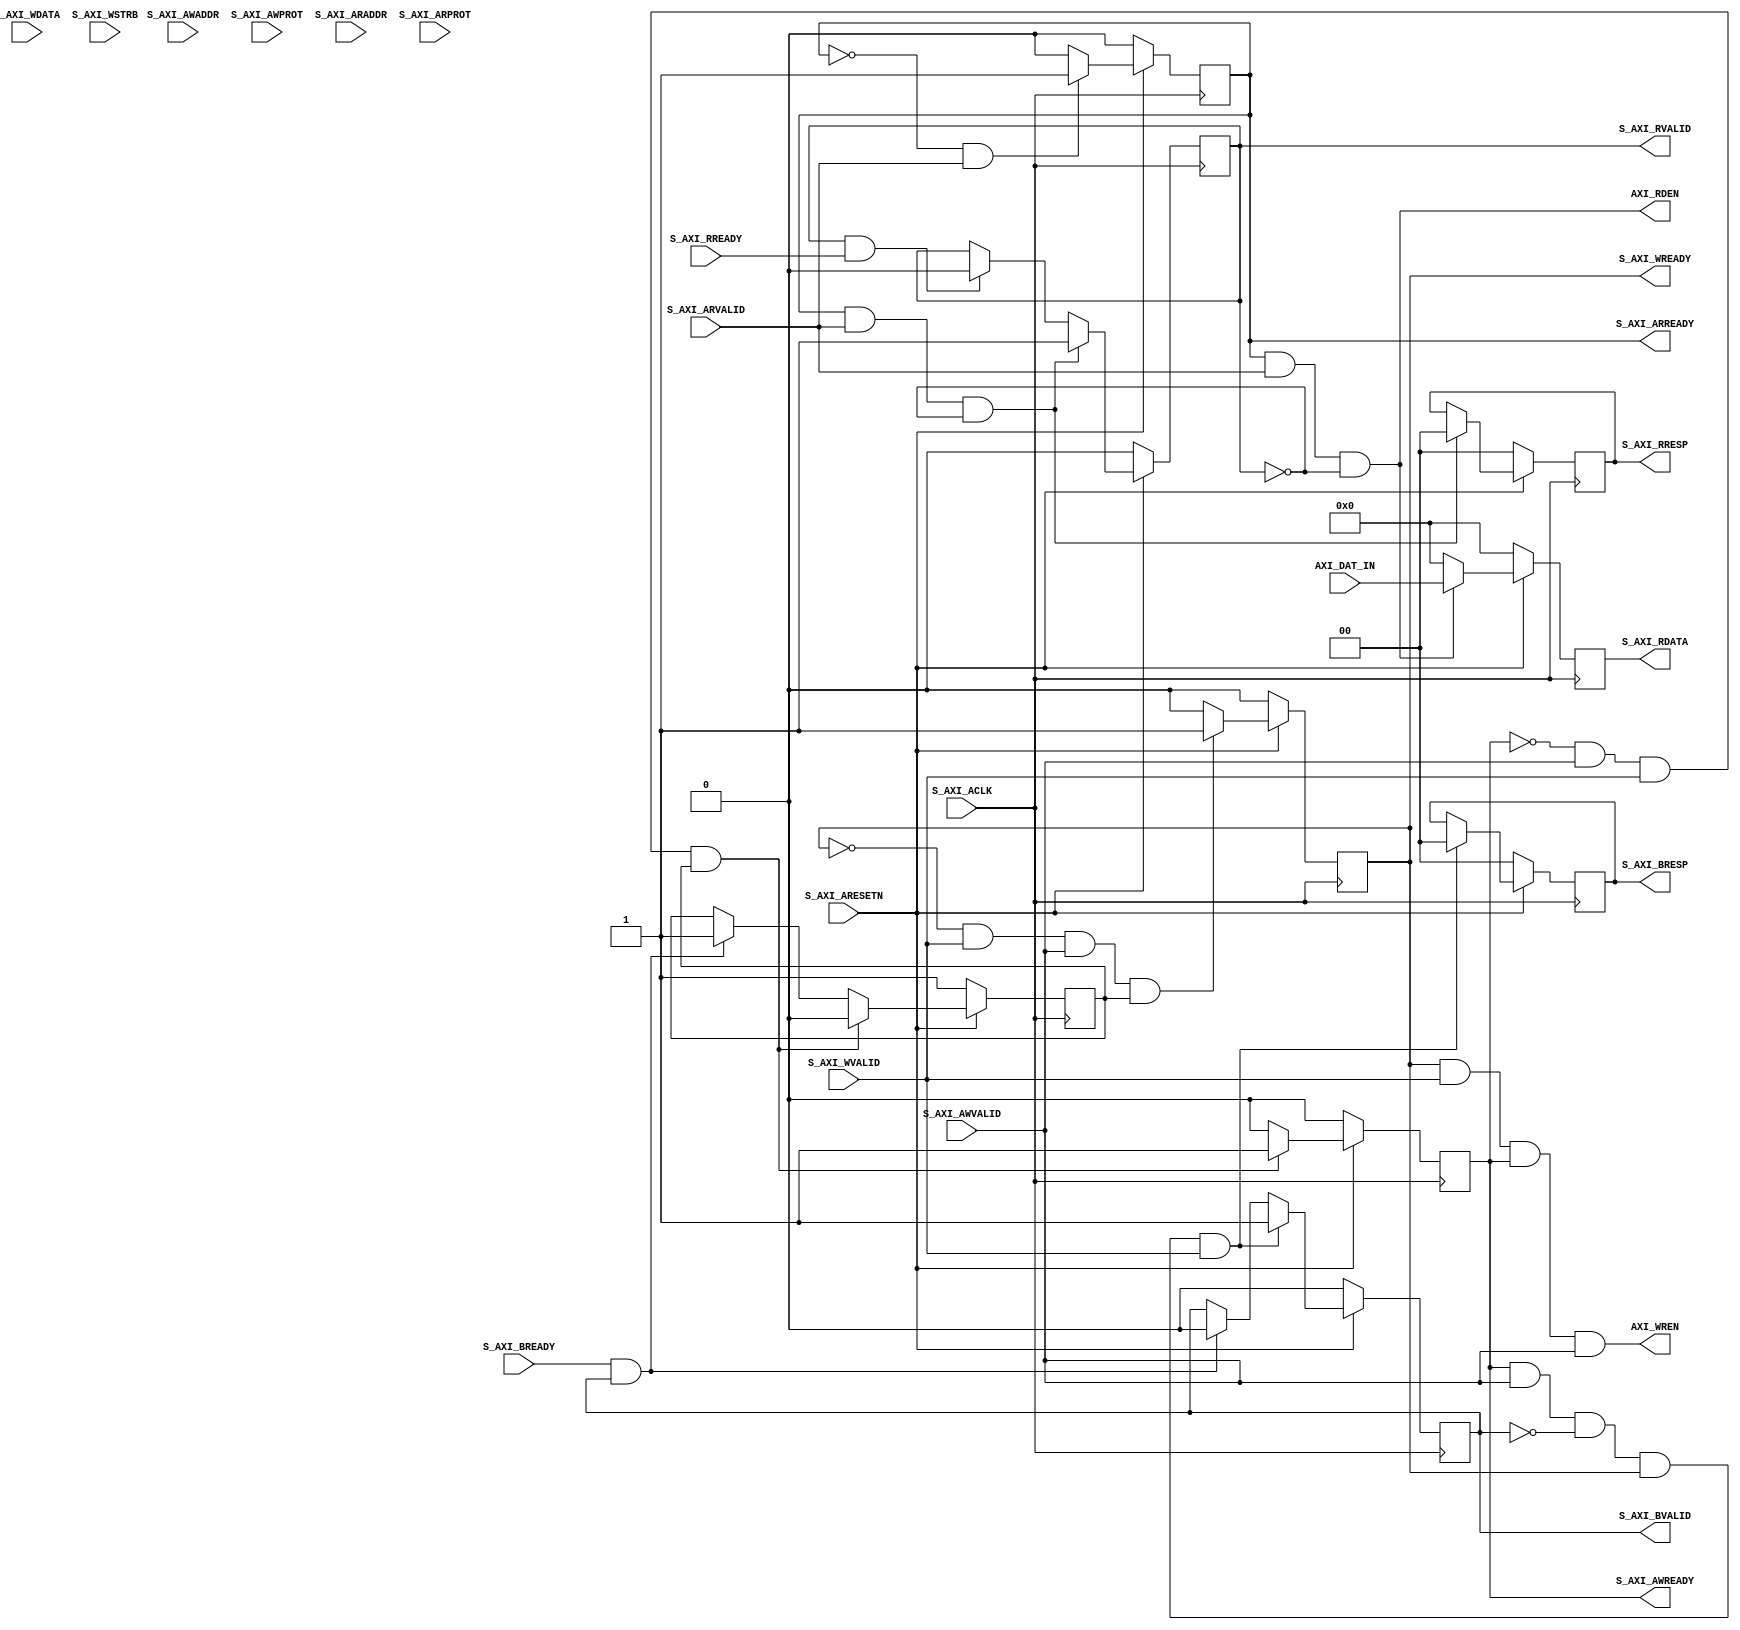
// start of the code

module axil_slave #
        (
            parameter integer C_S_AXI_DATA_WIDTH	= 32,
            parameter integer C_S_AXI_ADDR_WIDTH	= 7, 
            parameter integer NO_OF_IN_PROBE_REGS   = 4,
            parameter integer NO_OF_OUT_PROBE_REGS  = 4
        )
        (
            input wire  S_AXI_ACLK,
            input wire  S_AXI_ARESETN,
            
            
            input  wire     [C_S_AXI_ADDR_WIDTH-1 : 0] S_AXI_AWADDR,
            input  wire                        [2 : 0] S_AXI_AWPROT,
            input  wire                                S_AXI_AWVALID,
            output wire                                S_AXI_AWREADY,
            input  wire     [C_S_AXI_DATA_WIDTH-1 : 0] S_AXI_WDATA,
            input  wire [(C_S_AXI_DATA_WIDTH/8)-1 : 0] S_AXI_WSTRB,
            input  wire                                S_AXI_WVALID,
            output wire                                S_AXI_WREADY,
            output wire                        [1 : 0] S_AXI_BRESP,
            output wire                                S_AXI_BVALID,
            input  wire                                S_AXI_BREADY,
            input  wire     [C_S_AXI_ADDR_WIDTH-1 : 0] S_AXI_ARADDR,
            input  wire                        [2 : 0] S_AXI_ARPROT,
            input  wire                                S_AXI_ARVALID,
            output wire                                S_AXI_ARREADY,
            output wire     [C_S_AXI_DATA_WIDTH-1 : 0] S_AXI_RDATA,
            output wire                        [1 : 0] S_AXI_RRESP,
            output wire                                S_AXI_RVALID,
            input  wire                                S_AXI_RREADY,
            
            output wire                                AXI_WREN,
            output wire                                AXI_RDEN,
            input  wire       [C_S_AXI_DATA_WIDTH-1:0] AXI_DAT_IN        
        );

	// AXI4LITE signals
	reg [C_S_AXI_ADDR_WIDTH-1 : 0] axi_awaddr;
	reg  	                       axi_awready;
	reg  	                       axi_wready;
	reg                    [1 : 0] axi_bresp;
	reg  	                       axi_bvalid;
	reg [C_S_AXI_ADDR_WIDTH-1 : 0] axi_araddr;
	reg  	                       axi_arready;
	reg [C_S_AXI_DATA_WIDTH-1 : 0] axi_rdata;
	reg                    [1 : 0] axi_rresp;
	reg  	                       axi_rvalid;
	
	reg [C_S_AXI_DATA_WIDTH-1:0]   reg_data_out;
	reg	 aw_en;

    integer	  byte_index;

	assign S_AXI_AWREADY = axi_awready;
	assign S_AXI_WREADY	 = axi_wready;
	assign S_AXI_BRESP	 = axi_bresp;
	assign S_AXI_BVALID	 = axi_bvalid;
	assign S_AXI_ARREADY = axi_arready;
	assign S_AXI_RDATA	 = axi_rdata;
	assign S_AXI_RRESP	 = axi_rresp;
	assign S_AXI_RVALID	 = axi_rvalid;

	always @( posedge S_AXI_ACLK )
	begin
	  if ( S_AXI_ARESETN == 1'b0 )
	    begin
	      axi_awready <= 1'b0;
	      aw_en <= 1'b1;
	    end 
	  else
	    begin    
	      if (~axi_awready && S_AXI_AWVALID && S_AXI_WVALID && aw_en)
	        begin
	          axi_awready <= 1'b1;
	          aw_en <= 1'b0;
	        end
	        else if (S_AXI_BREADY && axi_bvalid)
	            begin
	              aw_en <= 1'b1;
	              axi_awready <= 1'b0;
	            end
	      else           
	        begin
	          axi_awready <= 1'b0;
	        end
	    end 
	end       

	always @( posedge S_AXI_ACLK )
	begin
	  if ( S_AXI_ARESETN == 1'b0 )
	    begin
	      axi_awaddr <= 0;
	    end 
	  else
	    begin    
	      if (~axi_awready && S_AXI_AWVALID && S_AXI_WVALID && aw_en)
	        begin
	          axi_awaddr <= S_AXI_AWADDR;
	        end
	    end 
	end       

	always @( posedge S_AXI_ACLK )
	begin
	  if ( S_AXI_ARESETN == 1'b0 )
	    begin
	      axi_wready <= 1'b0;
	    end 
	  else
	    begin    
	      if (~axi_wready && S_AXI_WVALID && S_AXI_AWVALID && aw_en )
	        begin
	          axi_wready <= 1'b1;
	        end
	      else
	        begin
	          axi_wready <= 1'b0;
	        end
	    end 
	end       

	assign AXI_WREN = axi_wready && S_AXI_WVALID && axi_awready && S_AXI_AWVALID;

	always @( posedge S_AXI_ACLK )
	begin
	  if ( S_AXI_ARESETN == 1'b0 )
	    begin
	      axi_bvalid  <= 0;
	      axi_bresp   <= 2'b0;
	    end 
	  else
	    begin    
	      if (axi_awready && S_AXI_AWVALID && ~axi_bvalid && axi_wready && S_AXI_WVALID)
	        begin
	          axi_bvalid <= 1'b1;
	          axi_bresp  <= 2'b0; // 'OKAY' response 
	        end                   // work error responses in future
	      else
	        begin
	          if (S_AXI_BREADY && axi_bvalid)   
	            begin
	              axi_bvalid <= 1'b0; 
	            end  
	        end
	    end
	end   

	always @( posedge S_AXI_ACLK )
	begin
	  if ( S_AXI_ARESETN == 1'b0 )
	    begin
	      axi_arready <= 1'b0;
	      axi_araddr  <= 32'b0;
	    end 
	  else
	    begin    
	      if (~axi_arready && S_AXI_ARVALID)
	        begin
	          axi_arready <= 1'b1;
	          axi_araddr  <= S_AXI_ARADDR;
	        end
	      else
	        begin
	          axi_arready <= 1'b0;
	        end
	    end 
	end       

	always @( posedge S_AXI_ACLK )
	begin
	  if ( S_AXI_ARESETN == 1'b0 )
	    begin
	      axi_rvalid <= 0;
	      axi_rresp  <= 0;
	    end 
	  else
	    begin    
	      if (axi_arready && S_AXI_ARVALID && ~axi_rvalid)
	        begin
	          axi_rvalid <= 1'b1;
	          axi_rresp  <= 2'b0; // 'OKAY' response
	        end   
	      else if (axi_rvalid && S_AXI_RREADY)
	        begin
	          axi_rvalid <= 1'b0;
	        end                
	    end
	end    

	assign AXI_RDEN = axi_arready & S_AXI_ARVALID & ~axi_rvalid;

	// Output register or memory read data
	always @( posedge S_AXI_ACLK )
	begin
	  if ( S_AXI_ARESETN == 1'b0 )
	    begin
	      axi_rdata  <= 0;
	    end 
	  else
	    begin    
	      if (AXI_RDEN)
            axi_rdata <= AXI_DAT_IN;     // register read data
          else    
            axi_rdata <= 0;
	    end
	end    

endmodule